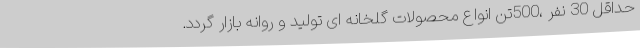
حداقل 30 نفر ،500تن انواع محصولات گلخانه ای تولید و روانه بازار گردد.